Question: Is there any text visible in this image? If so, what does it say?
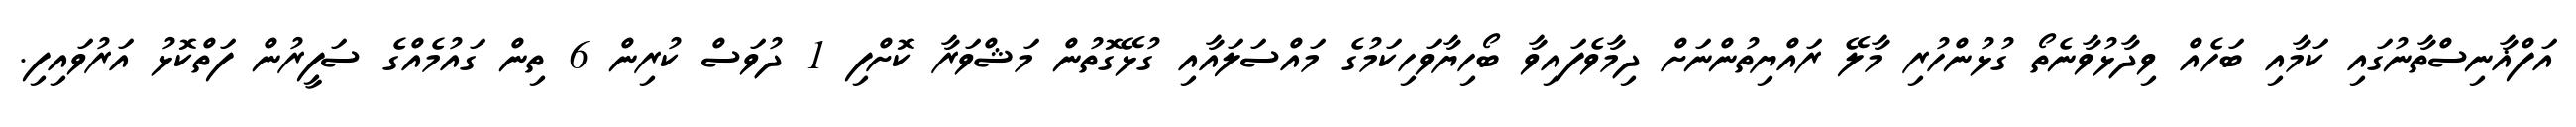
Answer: އަފްޣާނިސްތާނުގައި ކަމާއި ބަހެއް ވިދާޅުވާނެތޯ ގުޅުންހުރި މާލޭ ރައްޔިތުންނަށް ދިމާވެފައިވާ ބޯހިޔާވަހިކަމުގެ މައްސަލައާއި ގުޅޭގޮތުން މަޝްވަރާ ކޮށްފި 1 ދުވަސް ކުރިން 6 ތިން ގައުމެއްގެ ސަފީރުން ފަތްކޮޅު އަރުވައިފި.